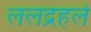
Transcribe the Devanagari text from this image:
ललद्रहले